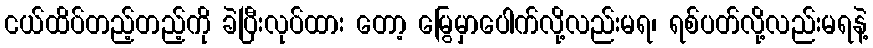
ငယ်ထိပ်တည့်တည့်ကို ခဲပြီးလုပ်ထား တော့ မြွေမှာပေါက်လို့လည်းမရ၊ ရစ်ပတ်လို့လည်းမရနဲ့